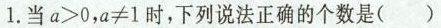
1.当$$a > 0$$，$$a ≠ 1$$时，下列说法正确的个数是( )